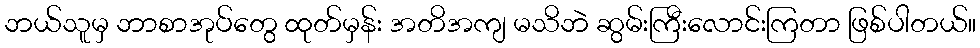
ဘယ်သူမှ ဘာစာအုပ်တွေ ထုတ်မှန်း အတိအကျ မသိဘဲ ဆွမ်းကြီးလောင်းကြတာ ဖြစ်ပါတယ်။